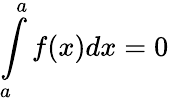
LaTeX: \int\limits_{a}^{a}f(x)dx=0